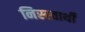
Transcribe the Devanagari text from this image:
निस्स्वार्थी